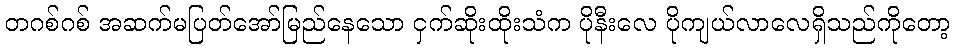
တဂစ်ဂစ် အဆက်မပြတ်အော်မြည်နေသော ငှက်ဆိုးထိုးသံက ပိုနီးလေ ပိုကျယ်လာလေရှိသည်ကိုတော့